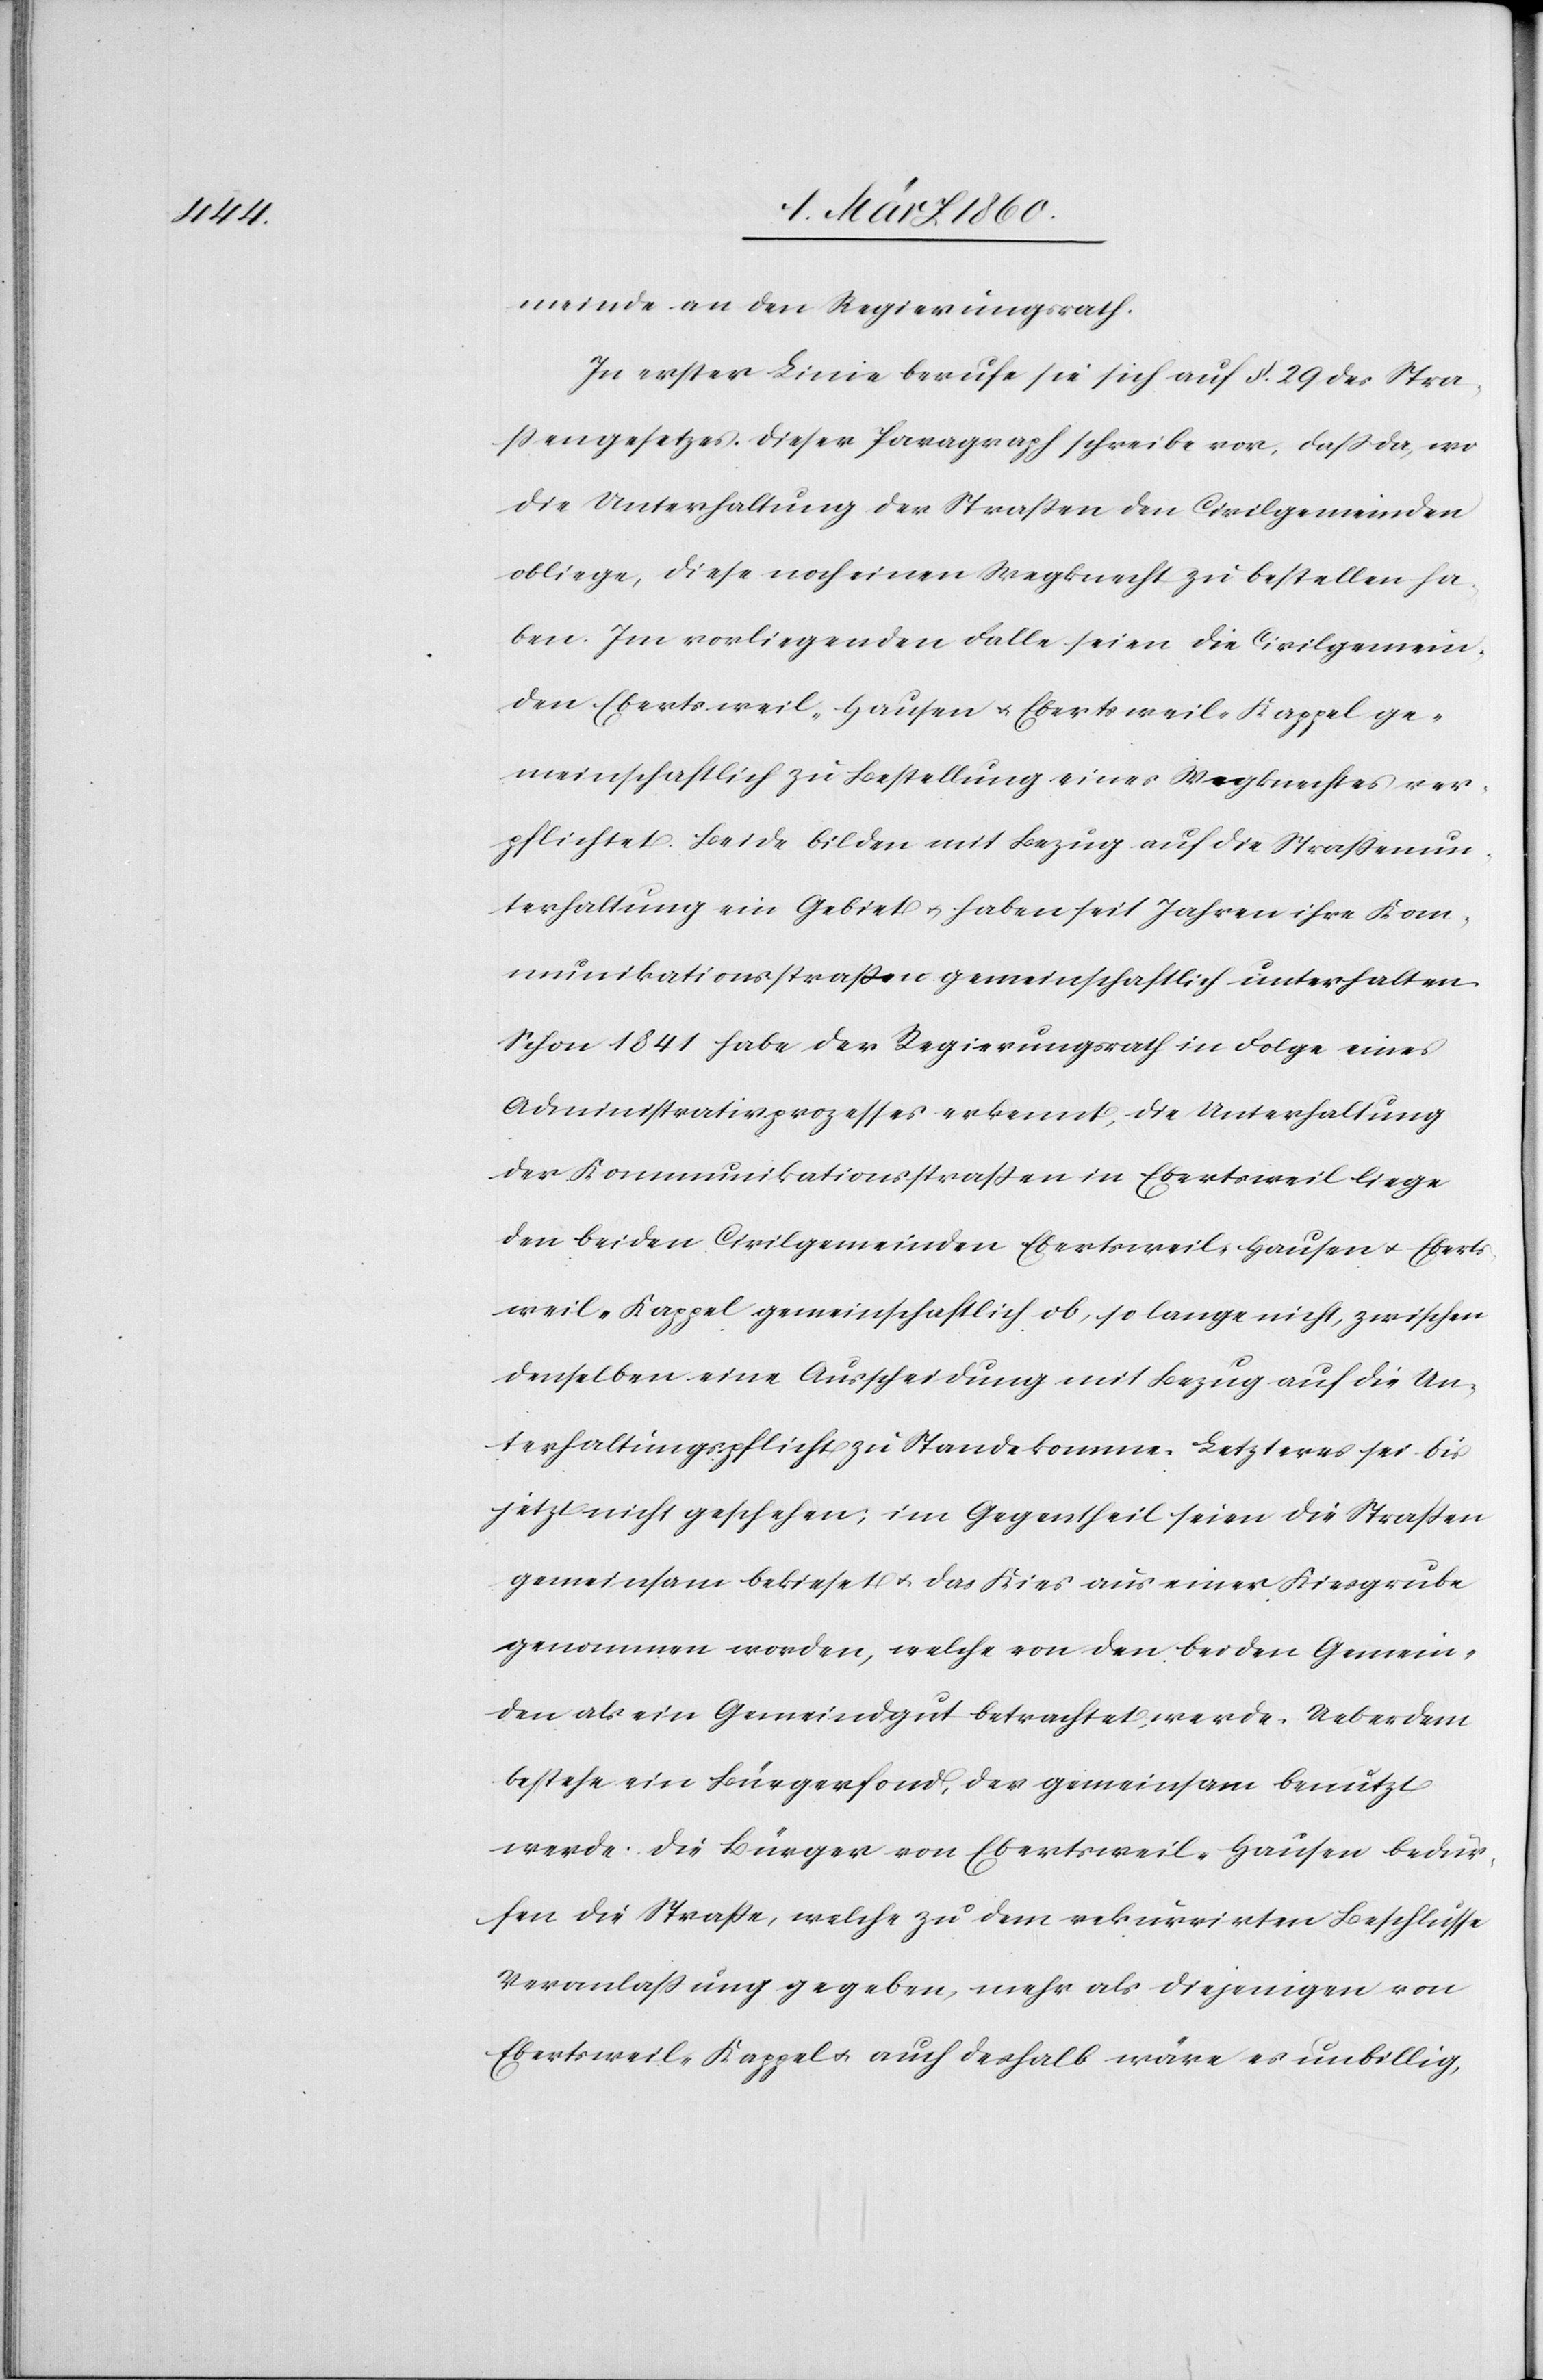
meinde an den Regierungsrath.
In erster Linie berufe sie sich auf §. 29 des Stra¬
ssengesetzes. Dieser Paragraph schreibe vor, dass da, wo
die Unterhaltung der Strassen den Civilgemeinden
obliege, diese noch einen Wegknecht zu bestellen ha¬
ben. Im vorliegenden Falle seien die Civilgemein¬
den Ebertsweil-Hausen u. Ebertsweil-Kappel ge¬
meinschaftlich zu Bestellung eines Wegknechtes ver¬
pflichtet. Beide bilden mit Bezug auf die Strassenun¬
terhaltung ein Gebiet u. haben seit Jahren ihre Kom¬
munikationsstrassen gemeinschaftlich unterhalten.
Schon 1841 habe der Regierungsrath in Folge eins
Administrativprozesses erkennt, die Unterhaltung
der Kommunikationsstrassen in Ebertsweil liege
den beiden Civilgemeinden Ebertsweil-Hausen u. Ebert¬
weil-Kappel gemeinschaftlich ob, so lange nicht, zwischen
denselben eine Ausscheidung mit Bezug auf die Un¬
terhaltungspflicht zu Stande komme. Letzteres sei bis
jetzt nicht geschehen; im Gegentheil seien die Strassen
gemeinsam bekieset u. das Kies aus einer Kiesgrube
genommen worden, welche von den beiden Gemein¬
den als ein Gemeindgut betrachtet werde. Ueberdem
bestehe ein Bürgerfond, der gemeinsam benutzt
werde. Die Bürger von Ebertsweil-Hausen bedür¬
fen die Strasse, welche zu dem rekurrirten Beschlusse
Veranlassung gegeben, mehr als diejenigen von
Ebertsweil-Kappel u. auch deshalb wäre es unbillig,